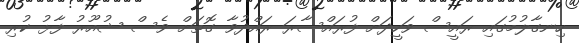
ހިނގާލުމުގައި ރައީސް ވަހީދަށް ފުރައްސާރަ ރައްދުވާ ގޮތަށް ވެސް ޝުއޫރު ފާޅު ކުރި